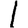
Digit: 1